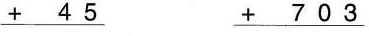
\underline{+ 45} \underline{+ 703}